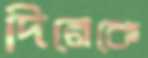
দিনেকে